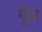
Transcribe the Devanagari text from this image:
गूॅंथ